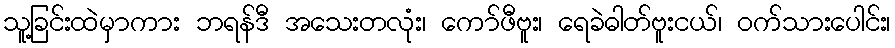
သူ့ခြင်းထဲမှာကား ဘရန်ဒီ အသေးတလုံး၊ ကော်ဖီဗူး၊ ရေခဲဓါတ်ဗူးငယ်၊ ဝက်သားပေါင်း၊